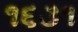
૧૬૩૧